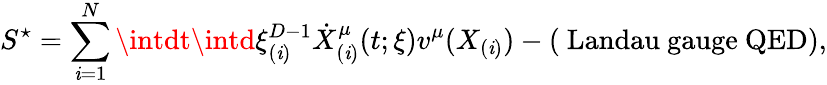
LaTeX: S^{\star}=\sum_{\mathit{i}=1}^{N}\intdt\intd\xi_{(\mathit{i})}^{D-1}\dot{{X}}_{(\mathit{i})}^{\mu}(t;\xi)v^{\mu}(X_{(\mathit{i})})-(\mathrm{{~Landau~gauge~QED}}),